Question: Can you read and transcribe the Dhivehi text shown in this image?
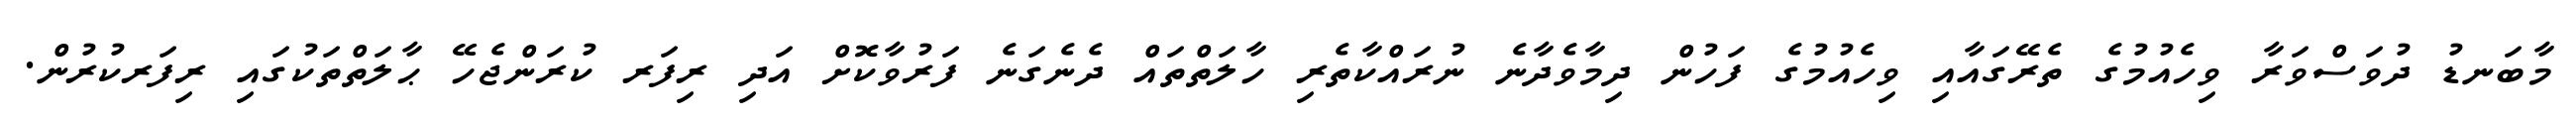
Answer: މާބަނޑު ދުވަސްވަރާ ވިހެއުމުގެ ތެރޭގައާއި ވިހެއުމުގެ ފަހުން ދިމާވެދާނެ ނުރައްކާތެރި ހާލަތްތައް ދެނެގަނެ ފަރުވާކޮށް އަދި ރިފަރ ކުރަންޖެހޭ ޙާލަތްތަކުގައި ރިފަރކުރުން.